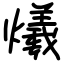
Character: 爔